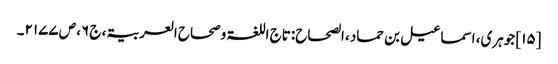
[۱۵] جوہری، اسماعیل بن حماد، الصحاح:تاج اللغۃ وصحاح العربیۃ، ج ۶، ص ۲۱۷۷۔